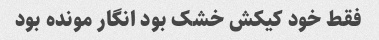
فقط خود کیکش خشک بود انگار مونده بود